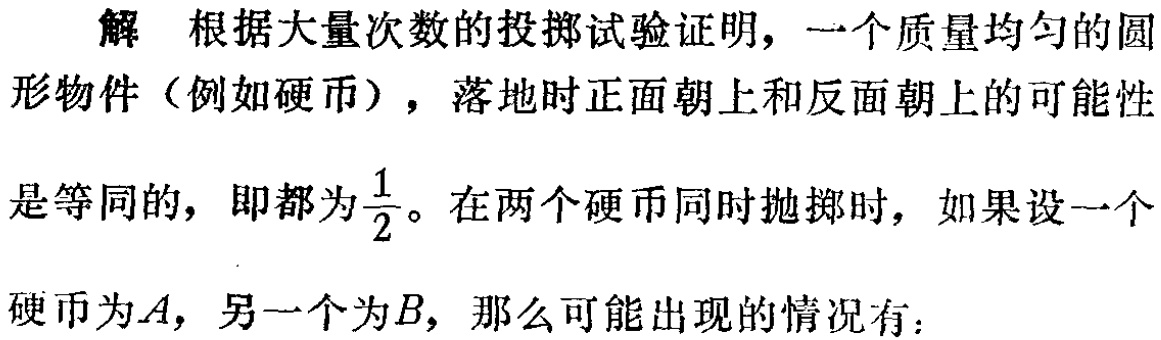
解 根据大量次数的投掷试验证明，一个质量均匀的圆形物件（例如硬币），落地时正面朝上和反面朝上的可能性是等同的，即都为$\frac{1}{2}$。在两个硬币同时抛掷时，如果设一个硬币为$A$，另一个为$B$，那么可能出现的情况有：